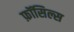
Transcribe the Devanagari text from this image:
फ़ॉसिल्स